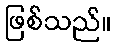
ဖြစ်သည်။